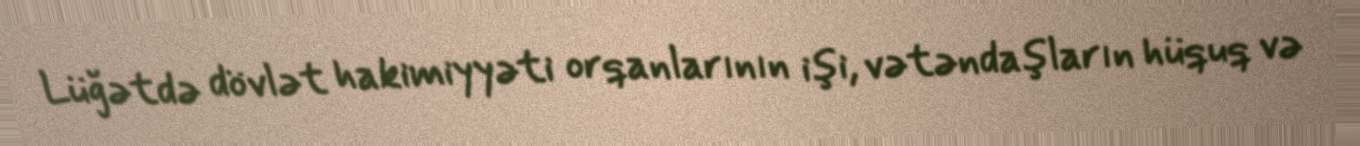
Lüğətdə dövlət hakimiyyəti orqanlarının işi, vətəndaşların hüquq və